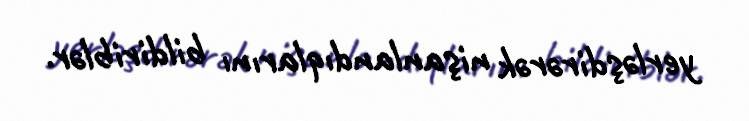
yerləşdirərək nişanlandıqlarını bildiriblər.